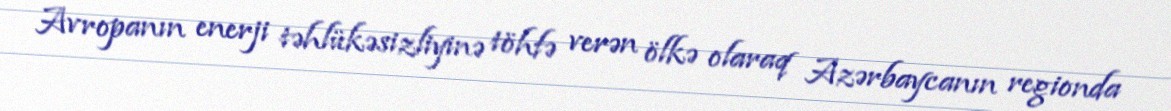
Avropanın enerji təhlükəsizliyinə töhfə verən ölkə olaraq Azərbaycanın regionda